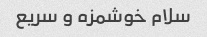
سلام خوشمزه و سریع